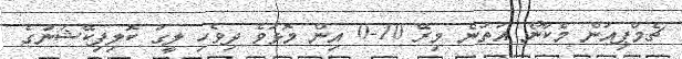
ޗެމްޕިއަން މެކާނޯ އަތުން މިރޭ 10-0 އިން މޮޅުވެ ދިވެހި ލީގު ކޮލިފިކޭޝަނުގެ